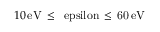
1 0 \, \mathrm { { e V } \, \leq \, \ e p s i l o n \, \leq \, 6 0 \, \mathrm { { e V } } }